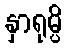
နှာရုမ္ပိ